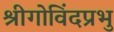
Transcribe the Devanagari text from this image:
श्रीगोविंदप्रभु